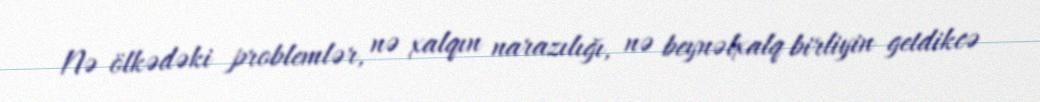
Nə ölkədəki problemlər, nə xalqın narazılığı, nə beynəlxalq birliyin getdikcə